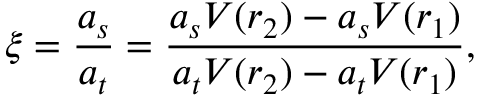
\xi = \frac { a _ { s } } { a _ { t } } = \frac { a _ { s } V ( r _ { 2 } ) - a _ { s } V ( r _ { 1 } ) } { a _ { t } V ( r _ { 2 } ) - a _ { t } V ( r _ { 1 } ) } ,